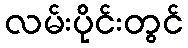
လမ်းပိုင်းတွင်